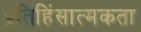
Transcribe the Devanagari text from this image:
प्रतिहिंसात्मकता